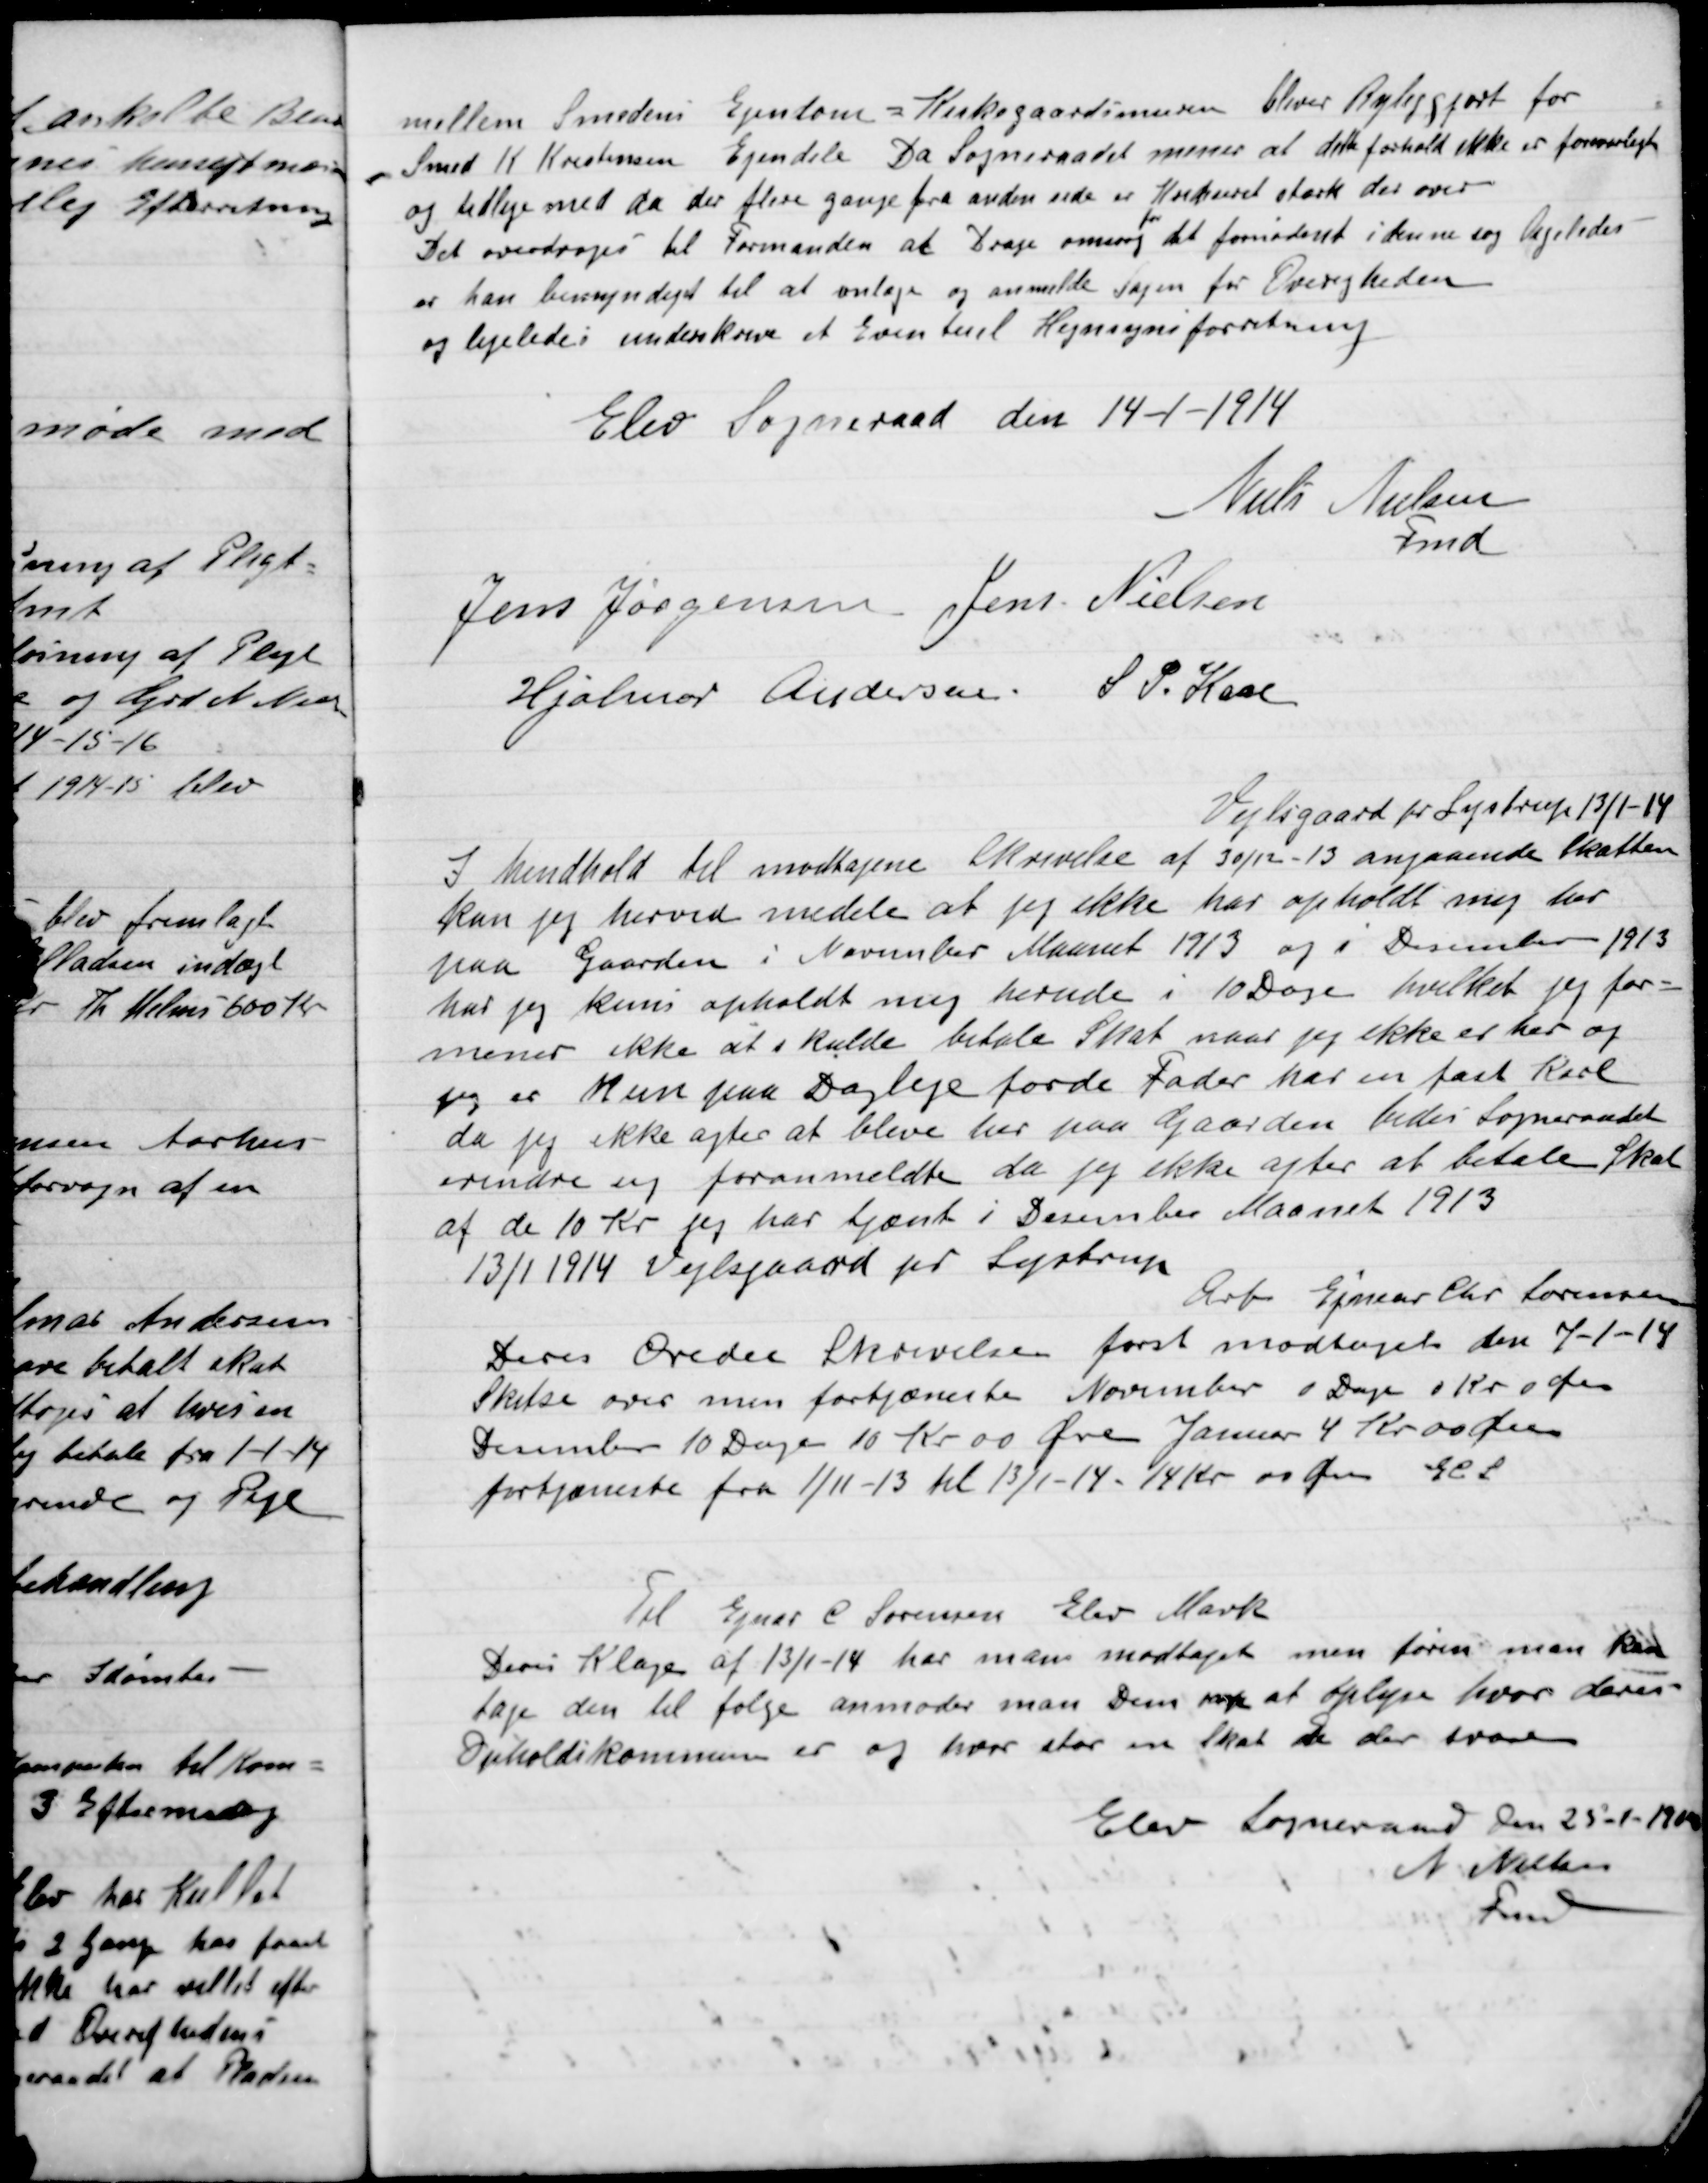
Transskription:
Mellem Smedens Ejendom = Kirkegaardsmuren bliver Retliggjort for
Smed K. Krestenses Ejendom Da Sogneraadet mener at dette forhold ikke er forenelig
og tilligemed da det flere gange fra anden side er  stærkt derover
Det overdrages til Formanden at Drage omsorg
for
det fornødne i denne sag ligeledes
er han bemyndiget til at anlægge og anmelde Sagen for Øvrigheden
og ligeledes underskrive et Eventuelt Hegnsynsforretning.

Elev Sogneraad den 14-1-1914

Niels Nielsen
Fmd.
Jens Jørgensen
Jens Nielsen
Hjalmar Andersen
S. P. Kaas

Vejlsgaard pr. Lystrup 13/1-1914
I henhold til modtagne Skrivelse af 30/12 – angaaende Skatten
kan jeg herved meddele at jeg ikke har opholdt mig her
paa Gaarden i November Maaned 1913 og December 1913
har jeg kunne ophold mig herude i 10 Dage hvilket jeg for-
mener ikke at skulle betale Skat naar jeg ikke er her og
jeg er kun paa Dagleje fordi Fader har en fast Karl
da jeg ikke agter at blive her paa Gaarden bedes Sogneraadet
erindre sig foranmeldte da jeg ikke agter at betale Skat
af de 10 Kr. jeg har tjent i December Maaned 1913
13/1-1914 Vejlsgaard pr Lystrup.
Ærb. Ejnar Chr. Sørensen

Deres Ordre Skrivelse først modtaget den 7-1-14
Skitse over men fortjæneste November 0 Dage 0 Kr. 0 Øre
December 10 Dage 10 Kr. 00 Øre Januar 4 Kr. 00 Øre
fortjæneste fra 1/11 – 13 til 13/1 – 14 – 14 Kr. 00 Øre 	ECL.
Til Ejnar C. Sørensen Elev Mark
Deres Klage af 13/1 – 14 har man modtaget men foren man kan
tage den til følge anmoder man Dem nok at oplyse hvor deres
Opholdskommune er og hvor stor en Skat de der svarer.
Elev Sogneraad Den 25-1-1914
N. Nielsen
Fmd.